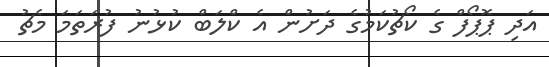
އަދި ޕޮޕޯފް ގެ ކޯޗުކަމުގެ ދަށުން އެ ކްލަބް ކުޅުނު ފުރަތަމަ މެޗު